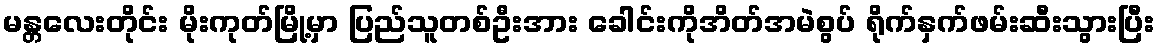
မန္တလေးတိုင်း မိုးကုတ်မြို့မှာ ပြည်သူတစ်ဦးအား ခေါင်းကိုအိတ်အမဲစွပ် ရိုက်နှက်ဖမ်းဆီးသွားပြီး